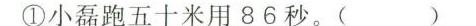
①小磊跑五十米用86秒。( )